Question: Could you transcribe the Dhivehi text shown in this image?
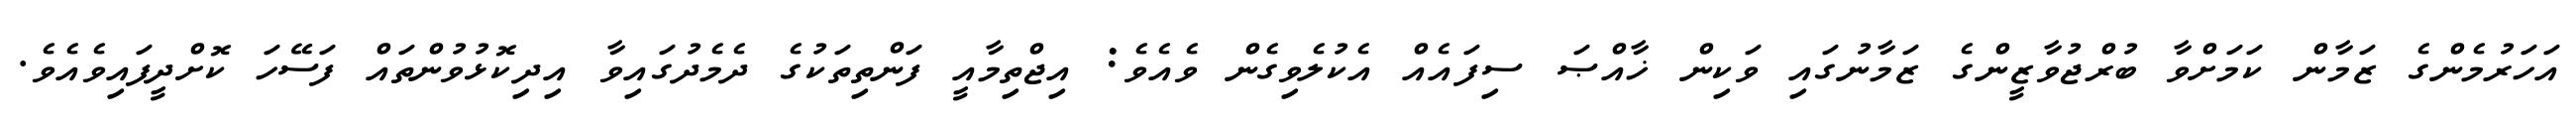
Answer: އަހަރުމެންގެ ޒަމާން ކަމަށްވާ ބުރްޖުވާޒީންގެ ޒަމާނުގައި ވަކިން ޚާއްޞަ ސިފައެއް އެކުލެވިގެން ވެއެވެ: އިޖްތިމާއީ ފަންތިތަކުގެ ދެމެދުގައިވާ އިދިކޮޅުވުންތައް ފަސޭހަ ކޮށްދީފައިވެއެވެ.